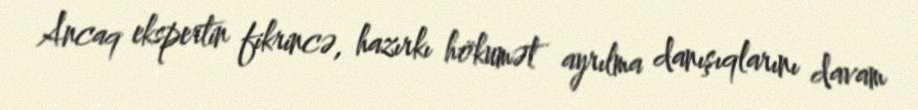
Ancaq ekspertin fikrincə, hazırkı hökumət ayrılma danışıqlarını davam